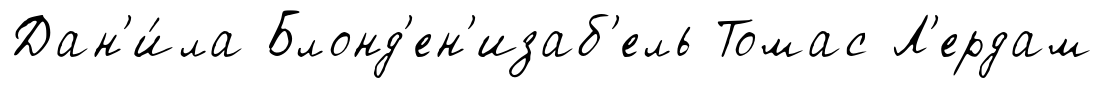
Дан'и́ла Блонд'ен'изаб'ель Томас Л'ердам